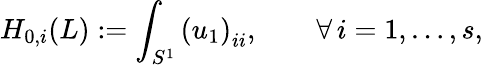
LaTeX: H_{0,i}(L):=\int_{S^{1}}\left(u_{1}\right)_{ii},\qquad\forall\, i=1,\ldots,s,